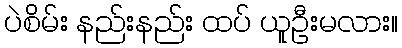
ပဲစိမ်း နည်းနည်း ထပ် ယူဦးမလား။